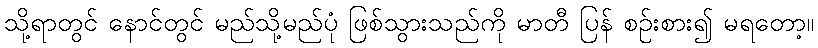
သို့ရာတွင် နောင်တွင် မည်သို့မည်ပုံ ဖြစ်သွားသည်ကို မာတီ ပြန် စဉ်းစား၍ မရတော့။